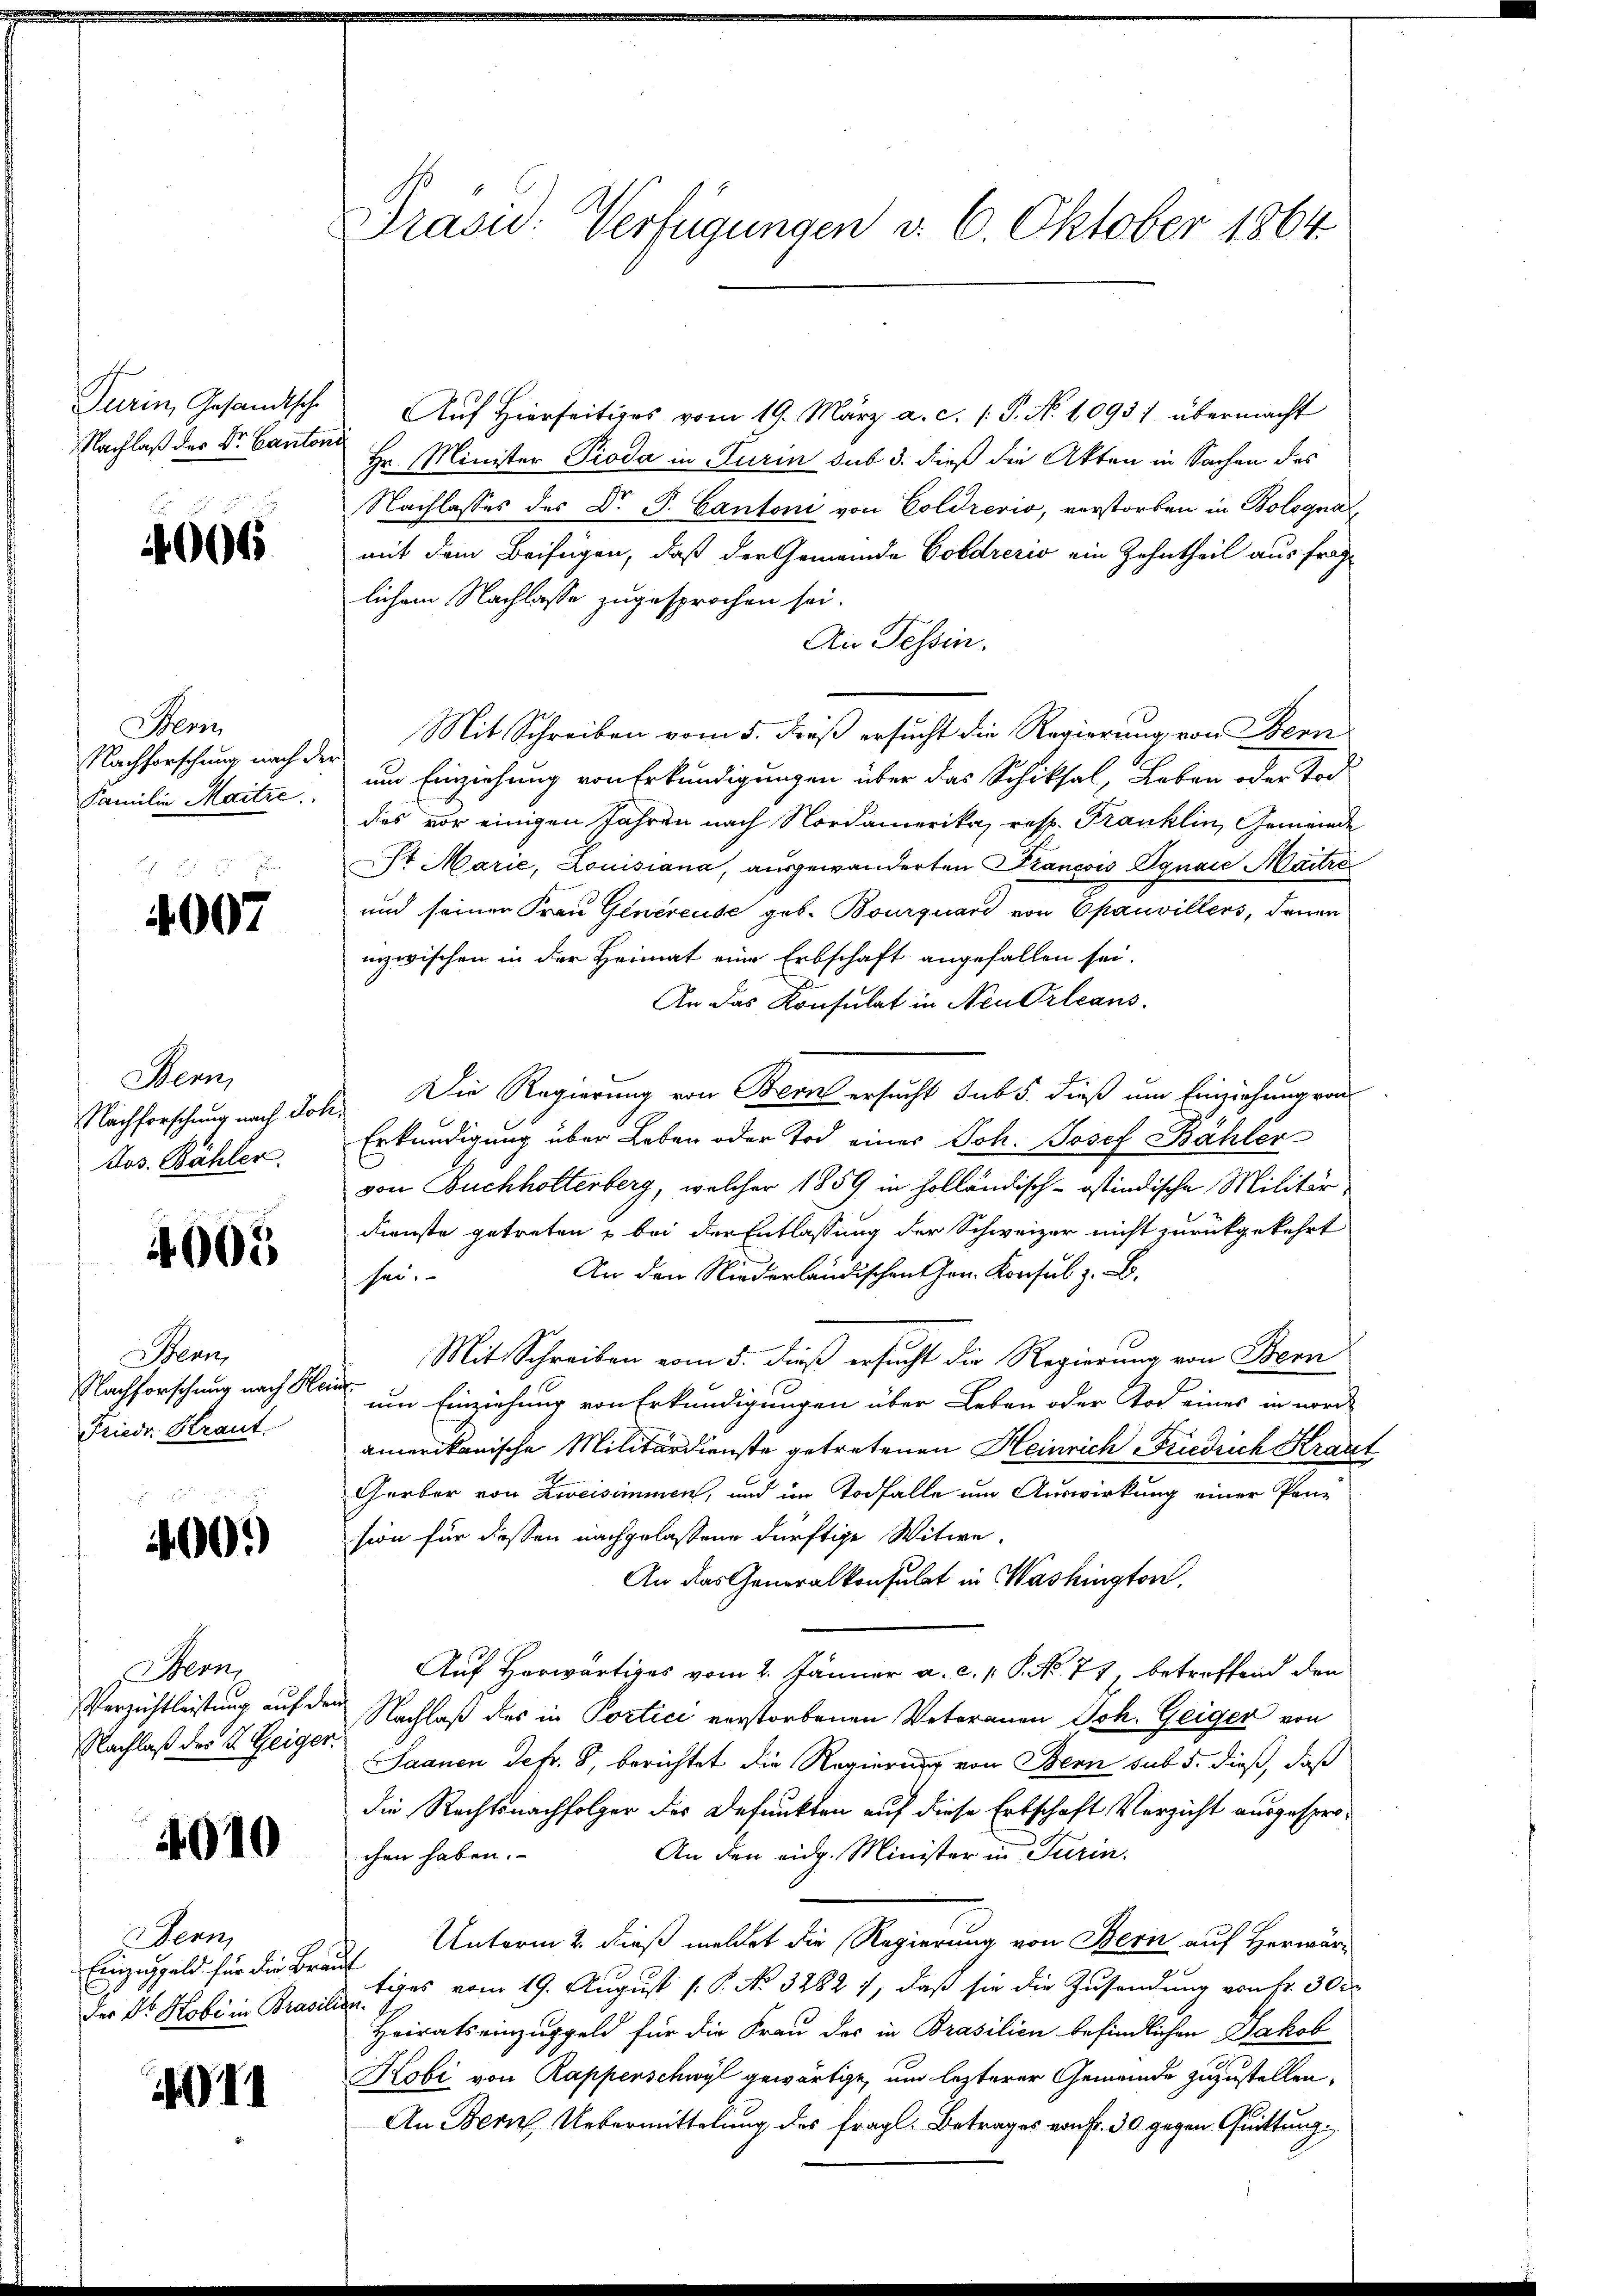
Nachlaß der Dr. Cantoni

40065

Bem
Nachforschung nach

4007

Sem
Jos. Bähler.

4005

Benn
Friedr. Kraut.

400.)

Bern,
Nachlaß des I. Geiger.

4010

Denn
Einzeggeld für die Braut

11

Präsid. Verfügungen d. 6. Oktober 1864

Turin, Gesandtsche Aŭf Hierseitiges vom 19. März a. c. P. Nr. 6095: übermacht
Hr. Minister Pioda in Turin sub 3. dieß die Akten in Sachen des
Nachlasses des Dr. P. Cantoni von Coldrerio, verstorben in Bologna
mit dem Beifügen, daß der Gemeinde Goldrerio ein Zahntheil aus fraglichem Nachlasse zugesprochen sei.
An Tessin.
Mit Schreiben vom 5. Fuß ersucht die Regierung von Bern
r
Familie Maitre um Einziehung von Erkundigungen über das Schiksal, Leben oder Tod
das vor einigen Jahren nach Nordamerika, resp. Franklin, Gemeinde
St Marie, Louisiana, ausgewanderten Francois Ognaie Maitre
und seiner Frau Generende geb. Bourquard von Epauvillers, denen
inzwischen in der Heimat eine Erbschaft angefallen sei.
An das Konsulat in Neu Orleans
Nachforschung nach Joh. Die Regierung von Bern ersucht sub 5. dieß um Einziehung von
Erkundigung über Leben oder Tod eines Joh. Josef Bähler
von Buchholterberg, welcher 1859 in holländisch-ostindische Militär-
Dienste getreten u bei der Entlassung der Schweizer nicht zurückgekehrt
An den Niederländischen Hrn. Konsul z. B.
sei.
Mit Schreiben vom 5. dieß ersucht die Regierung von Bern
Nachforschung nach Mai um Einziehung von Erkundigungen über Leben oder Tod eines in nord
amerikanische Militärdienste getretenen Heinrich Friedrich Kraut
Gerber von Zweisimmen, und im Todfalle um Auswirkung einer Pansion für dessen nachgelassene dürftige Witwe.
An das Generalkonsulat in Washington.
Auf Herwärtiges vom 2. Jänner a. c. s. S. No. 77, betreffend den
Verzichtleistung auf den Nachlaß des in Portici verstorbenen Veteranen Joh. Geiger von
Saanen defr. 8, berichtet die Regierung von Bern sub 5. dieß, daß
die Rechtsnachfolger des Befunkten auf diese Ertschaft Verzicht ausgespro¬
An den eidg. Minister in Turin.
chen haben.
Unterm 2. dieß meldet die Regierung von Bern auf Herwärder Dr. Hobi in Brasilie es vom 19. August [ P. No. 3282 1, daß sie die Zusendung von Fr. 30
Heirats einzuggeld für die Frau der in Brasilien befindlichen Jakob
Kobi von Rapperschwyl gewärtige, um lezterer Gemeinde zuzustellen.
An Bern Uebermittelung des fragl. Betrages von fr. 30 gegen Quittung.